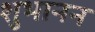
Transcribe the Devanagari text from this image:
शुभानन